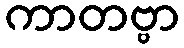
ကာတဗ္ဗာ